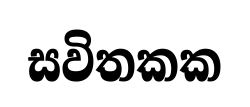
සවිතකක